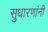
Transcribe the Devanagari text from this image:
सुधारणांनी